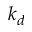
k _ { d }